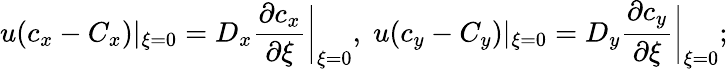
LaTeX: u(c_{x}-C_{x})|_{\xi=0}=D_{x}\frac{\partial c_{x}}{\partial\xi}\bigg|_{\xi=0},\; u(c_{y}-C_{y})|_{\xi=0}=D_{y}\frac{\partial c_{y}}{\partial\xi}\bigg|_{\xi=0};